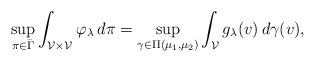
LaTeX: \begin{align*}\sup_{ \pi \in \bar{ \Gamma} } \int_{\mathcal{V} \times \mathcal{V} } \varphi_{\lambda} \, d \pi = \sup _{\gamma \in \Pi\left(\mu_1, \mu_2 \right)} \int_{\mathcal{V}} g_\lambda(v) \, d \gamma(v),\end{align*}